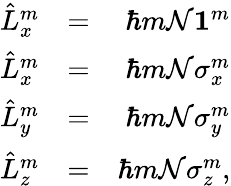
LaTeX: \begin{array}{rlr}{\hat{L}_{x}^{m}}&{=}&{\hbar m{\mathcal N}{\mathbf 1}^{m}}\\ {\hat{L}_{x}^{m}}&{=}&{\hbar m{\mathcal N}\sigma_{x}^{m}}\\ {\hat{L}_{y}^{m}}&{=}&{\hbar m{\mathcal N}\sigma_{y}^{m}}\\ {\hat{L}_{z}^{m}}&{=}&{\hbar m{\mathcal N}\sigma_{z}^{m},}\end{array}